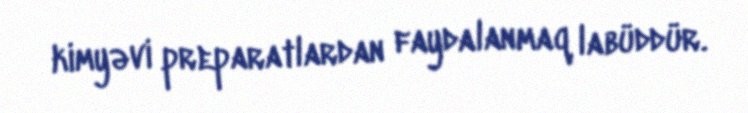
kimyəvi preparatlardan faydalanmaq labüddür.